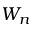
W _ { n }